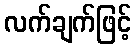
လက်ချက်ဖြင့်